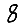
Digit: 8